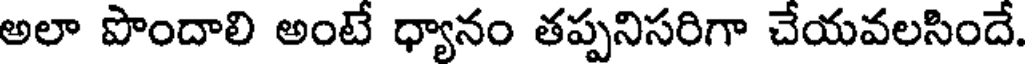
అలా పొందాలి అంటే ధ్యానం తప్పనిసరిగా చేయవలసిందే.